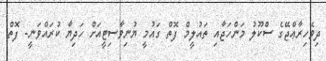
ދިވެހިރާޢްޖޭގެ ސްކޫލު މަންހަޖާއި ތައުލީމް ފޮތް ގައުމީ ޔުނިވާސިޓީއަށް ހަދިޔާ ކުރައްވަނީ- ފޮތް